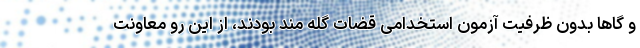
و گاها بدون ظرفیت آزمون استخدامی قضات گله مند بودند، از این رو معاونت